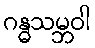
ဂန္ဓသမ္ဘဝါ